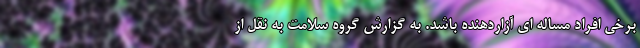
برخی افراد مساله ای آزاردهنده باشد. به گزارش گروه سلامت به نقل از